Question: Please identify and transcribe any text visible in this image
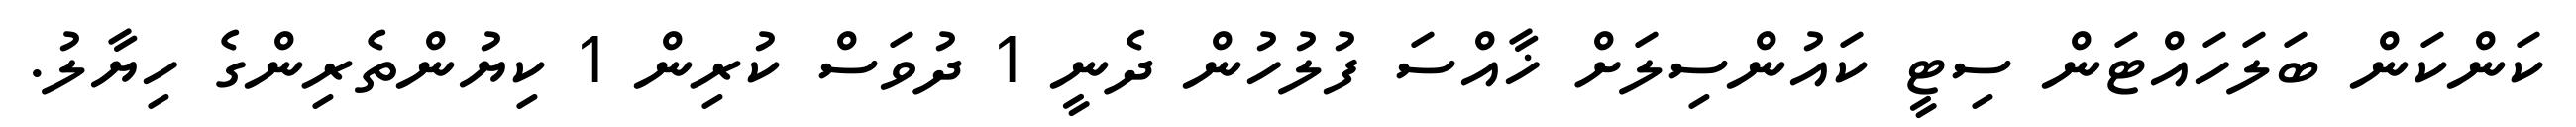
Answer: ކަންކަން ބަލަހައްޓަން ސިޓީ ކައުންސިލަށް ޚާއްސަ ފުލުހުން ދެނީ 1 ދުވަސް ކުރިން 1 ކިޔުންތެރިންގެ ހިޔާލު.